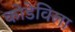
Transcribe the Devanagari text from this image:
कोडेविला